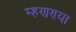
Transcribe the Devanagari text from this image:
म्हणण्या